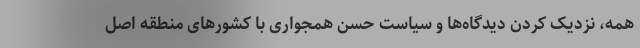
همه، نزدیک کردن دیدگاه‌ها و سیاست حسن همجواری با کشورهای منطقه اصل